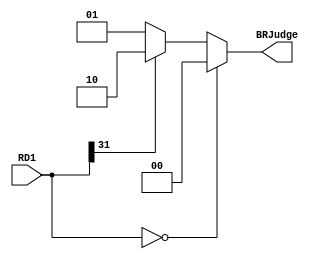
`timescale 1ns / 1ps
//////////////////////////////////////////////////////////////////////////////////
// Company: 
// Engineer: 
// 
// Design Name: 
// Module Name:    BranchJudge 
// Project Name: 
// Target Devices: 
// Tool versions: 
// Description: 
//
// Dependencies: 
//
// Revision: 
// Revision 0.01 - File Created
// Additional Comments: 
//
//////////////////////////////////////////////////////////////////////////////////
module BranchJudge(RD1, 
											BRJudge);
	input [31:0] RD1;
	output [1:0] BRJudge;
	
	assign BRJudge = (RD1 == 32'b0) ? 2'b00 :
										(RD1[31] == 0) ? 2'b01 :
										(RD1[31] == 1) ? 2'b10 :
										2'b11;
endmodule